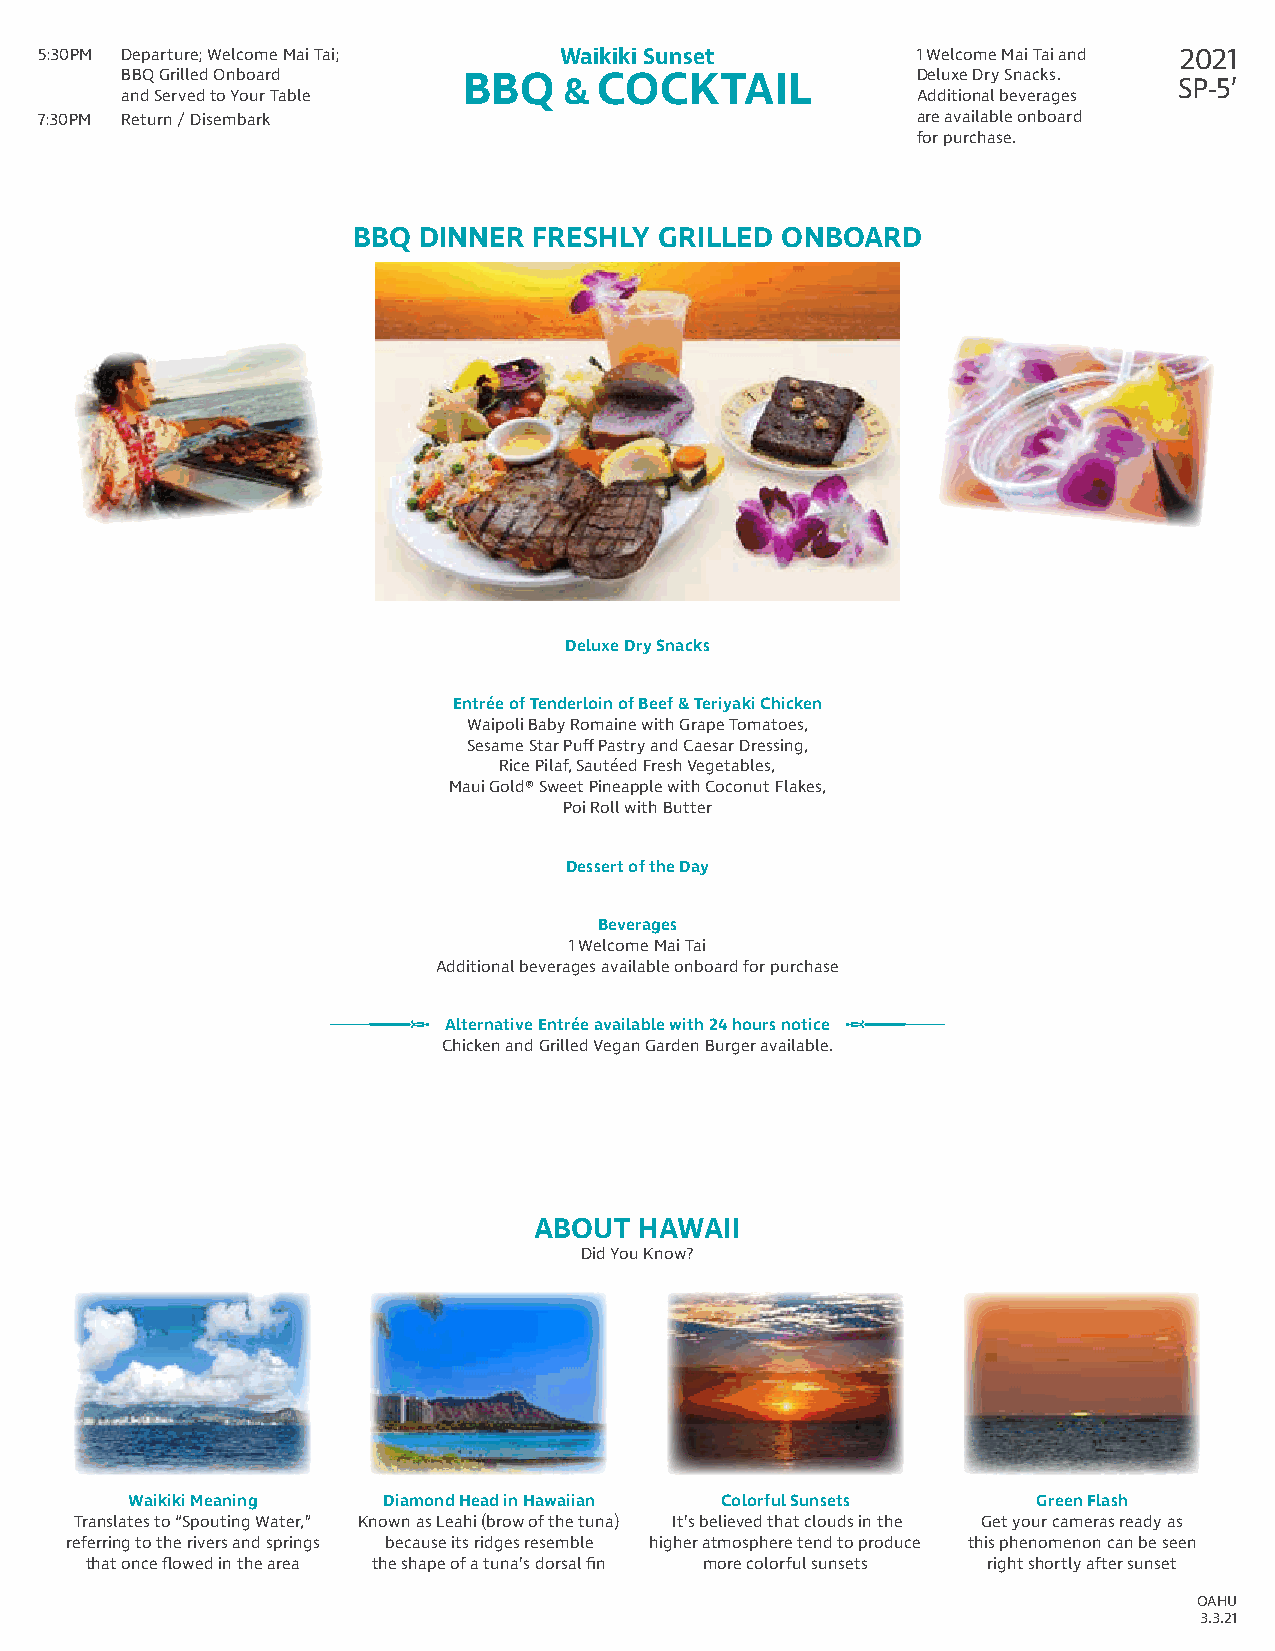
5:30PM Departure; Welcome Mai Tai; Waikiki Sunset          1 Welcome Mai Tai and 2021
 BBQ Grilled Onboard    BBQ   &  COCKTAIL             Deluxe Dry Snacks. SP-5’
 and Served to Your Table                             Additional beverages
 7:30PM Return / Disembark                                  are available onboard
 for purchase.
 BBQ  DINNER FRESHLY  GRILLED ONBOARD
 Deluxe Dry Snacks
 Entrée of Tenderloin of Beef & Teriyaki Chicken
 Waipoli Baby Romaine with Grape Tomatoes,
 Sesame Star Puff Pastry and Caesar Dressing,
 Rice Pilaf, Sautéed Fresh Vegetables,
 Maui Gold® Sweet Pineapple with Coconut Flakes,
 Poi Roll with Butter
 Dessert of the Day
 Beverages
 1 Welcome Mai Tai
 Additional beverages available onboard for purchase
 Alternative Entrée available with 24 hours notice
 Chicken and Grilled Vegan Garden Burger available.
 ABOUT  HAWAII
 Did You Know?
 Waikiki Meaning  Diamond Head in Hawaiian Colorful Sunsets   Green Flash
 Translates to “Spouting Water,” Known as Leahi (brow of the tuna) It’s believed that clouds in the Get your cameras ready as
 referring to the rivers and springs because its ridges resemble higher atmosphere tend to produce this phenomenon can be seen
 that once flowed in the area the shape of a tuna’s dorsal fin more colorful sunsets right shortly after sunset
 OAHU
 3.3.21